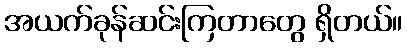
အယက်ခုန်ဆင်းကြတာတွေ ရှိတယ်။